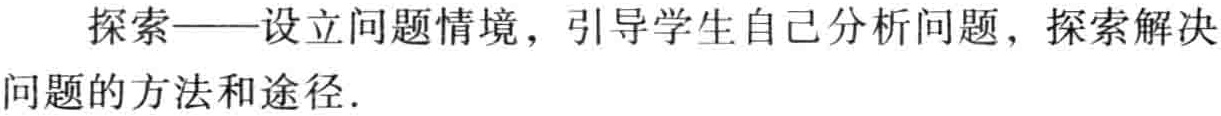
探索——设立问题情境，引导学生自己分析问题，探索解决问题的方法和途径.